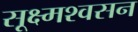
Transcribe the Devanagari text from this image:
सूक्ष्मश्वसन